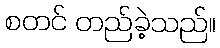
စတင် တည်ခဲ့သည်။